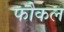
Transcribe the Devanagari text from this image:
फौकल